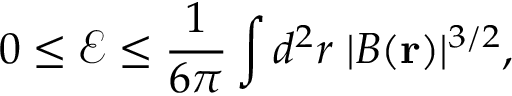
0 \leq \mathcal { E } \leq \frac { 1 } { 6 \pi } \int d ^ { 2 } r \; | B ( \mathbf { r } ) | ^ { 3 / 2 } ,